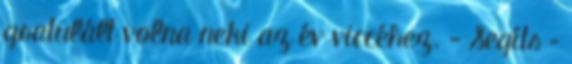
gratulált volna neki az év viccéhez. - Segíts –